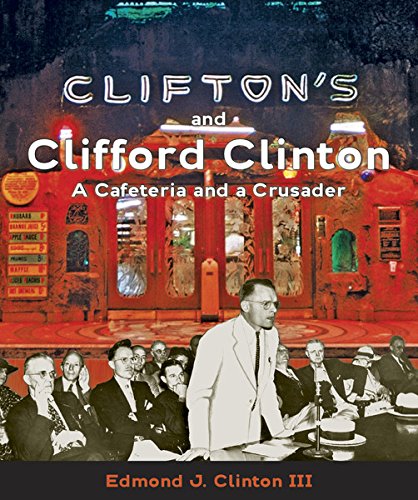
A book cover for Clifton's and Clifford Clinton: A Cafeteria and a Crusader; Edmond Clinton; Biographies & Memoirs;